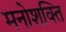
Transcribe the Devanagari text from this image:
मनोशक्ति